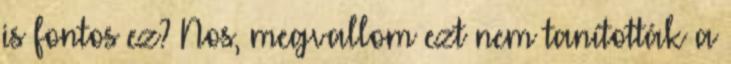
is fontos ez? Nos, megvallom ezt nem tanították a